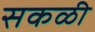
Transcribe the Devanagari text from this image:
सकळी